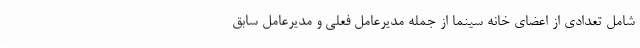
شامل تعدادی از اعضای خانه سینما از جمله مدیرعامل فعلی و مدیرعامل سابق